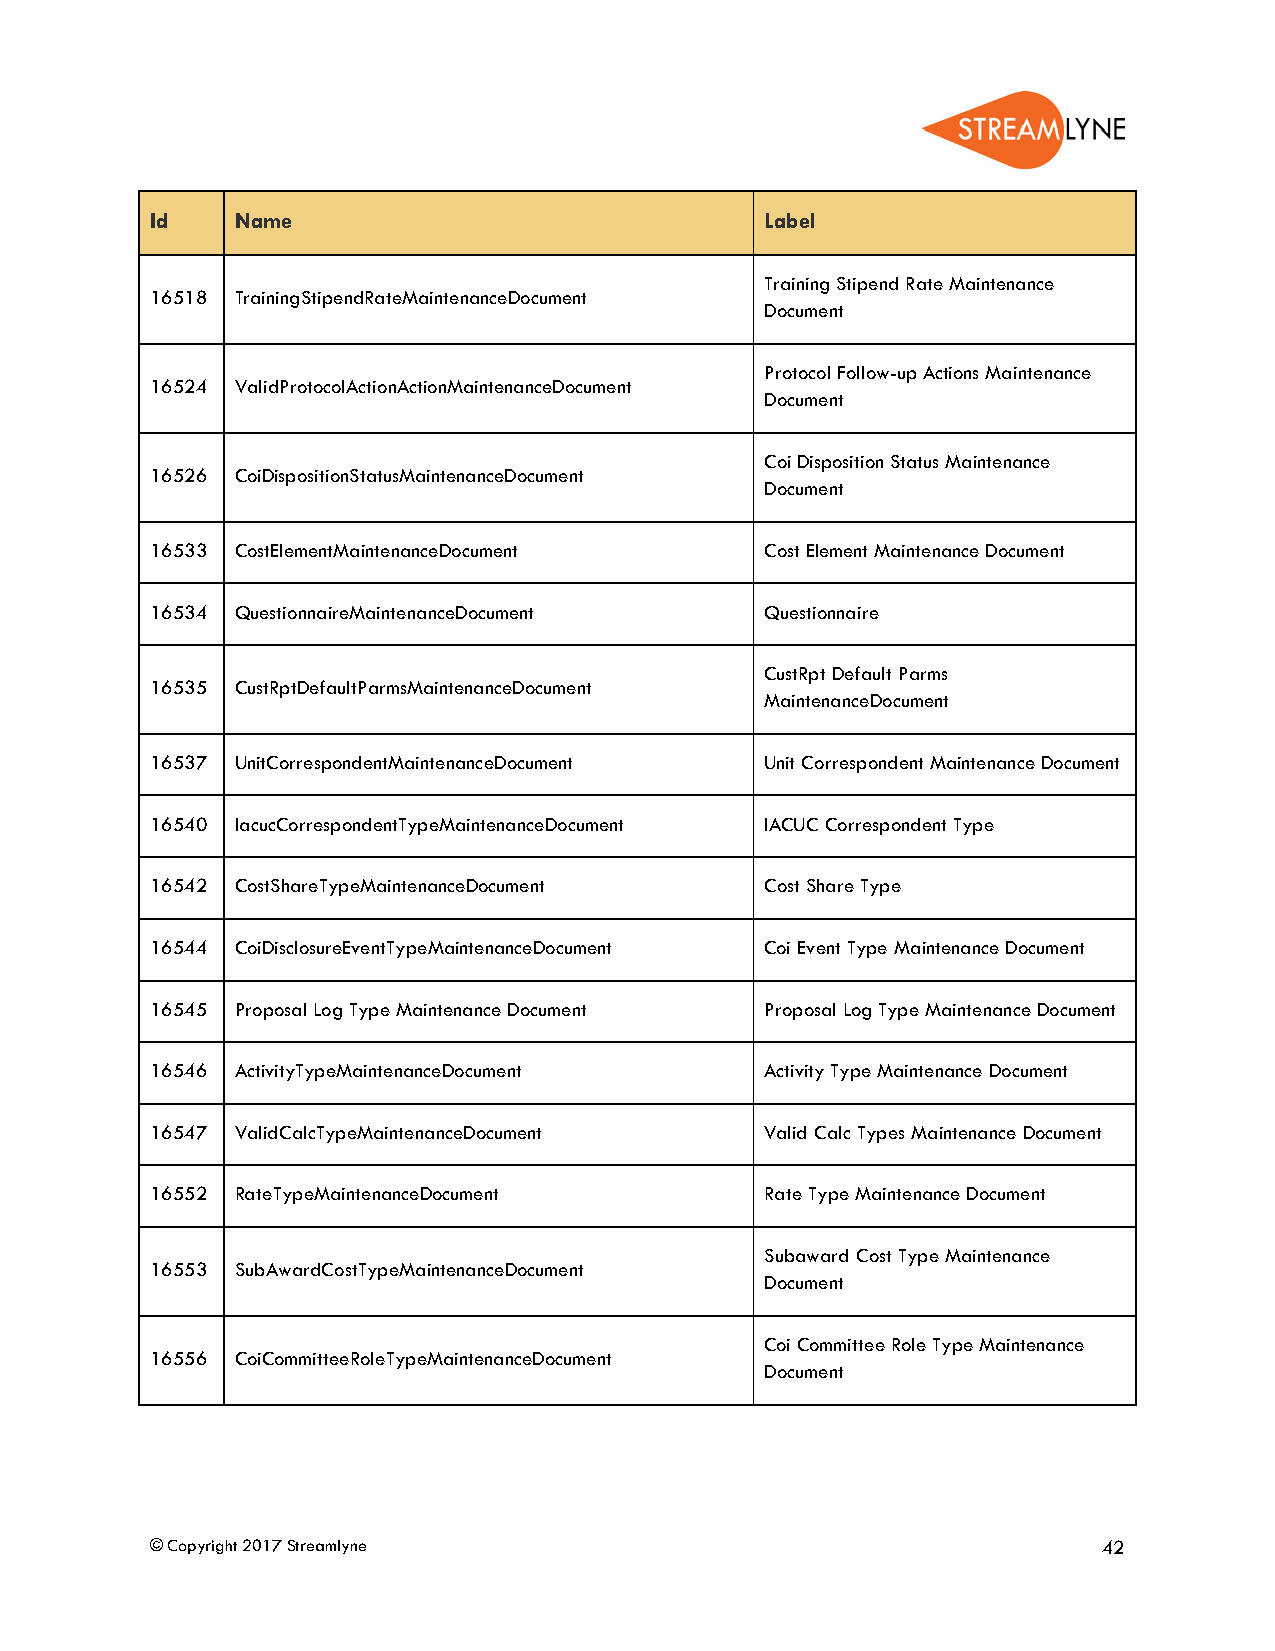
Id    Name                               Label
 Training Stipend Rate Maintenance
 16518 TrainingStipendRateMaintenanceDocument
 Document
 Protocol Follow-up Actions Maintenance
 16524 ValidProtocolActionActionMaintenanceDocument
 Document
 Coi Disposition Status Maintenance
 16526 CoiDispositionStatusMaintenanceDocument
 Document
 16533 CostElementMaintenanceDocument     Cost Element Maintenance Document
 16534 QuestionnaireMaintenanceDocument   Questionnaire
 CustRpt Default Parms
 16535 CustRptDefaultParmsMaintenanceDocument
 MaintenanceDocument
 16537 UnitCorrespondentMaintenanceDocument Unit Correspondent Maintenance Document
 16540 IacucCorrespondentTypeMaintenanceDocument IACUC Correspondent Type
 16542 CostShareTypeMaintenanceDocument   Cost Share Type
 16544 CoiDisclosureEventTypeMaintenanceDocument Coi Event Type Maintenance Document
 16545 Proposal Log Type Maintenance Document Proposal Log Type Maintenance Document
 16546 ActivityTypeMaintenanceDocument    Activity Type Maintenance Document
 16547 ValidCalcTypeMaintenanceDocument   Valid Calc Types Maintenance Document
 16552 RateTypeMaintenanceDocument        Rate Type Maintenance Document
 Subaward Cost Type Maintenance
 16553 SubAwardCostTypeMaintenanceDocument
 Document
 Coi Committee Role Type Maintenance
 16556 CoiCommitteeRoleTypeMaintenanceDocument
 Document
 © Copyright 2017 Streamlyne                                    42